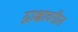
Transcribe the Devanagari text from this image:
द्राक्षावरील